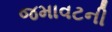
જમાવટની